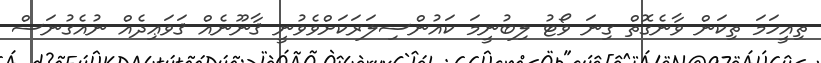
ތިއީހަމަ ތިކަން ވާނެގޮތް ގިނަ ވޯޓު ލިބުނީމަ ކައުންސިލަރަކަށްވެވުނީ ޤާނޫނެއް ޤަވަޢިދެއް ނުއެގުނަސް